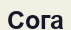
Сога